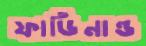
ফার্ডিনান্ড